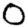
Digit: 0